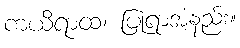
ကယိရာထ၊ ပြုရာအံ့နည်း။